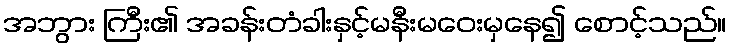
အဘွား ကြီး၏ အခန်းတံခါးနှင့်မနီးမဝေးမှနေ၍ စောင့်သည်။